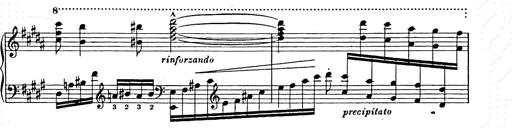
Title: Ballade No.2
Composer: Jan Skrzydlewski
Key: B minor